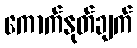
ကောက်နုတ်ချက်